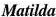
Matilda